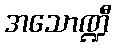
အသောဏ္ဍီ